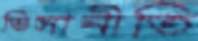
ভিসানীতি